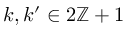
k , k ^ { \prime } \in 2 \ensuremath { \mathbb { Z } } + 1